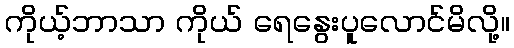
ကိုယ့်ဘာသာ ကိုယ် ရေနွေးပူလောင်မိလို့။